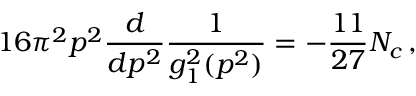
1 6 \pi ^ { 2 } p ^ { 2 } { \frac { d } { d p ^ { 2 } } } { \frac { 1 } { g _ { 1 } ^ { 2 } ( p ^ { 2 } ) } } = - { \frac { 1 1 } { 2 7 } } N _ { c } \, ,